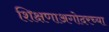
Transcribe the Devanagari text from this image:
शिक्षणाअगोदरच्या